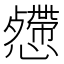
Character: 𢤅